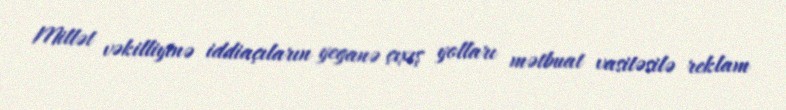
Millət vəkilliyinə iddiaçıların yeganə çıxış yolları mətbuat vasitəsilə reklam